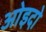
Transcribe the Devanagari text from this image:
ओइदो